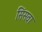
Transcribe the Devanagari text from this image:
सिंसवा